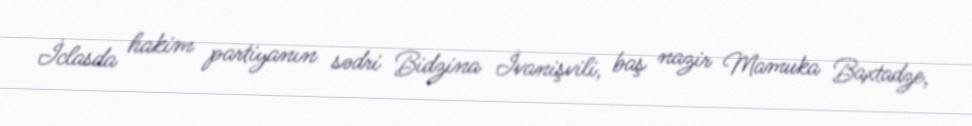
İclasda hakim partiyanın sədri Bidzina İvanişvili, baş nazir Mamuka Baxtadze,